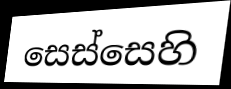
සෙස්සෙහි